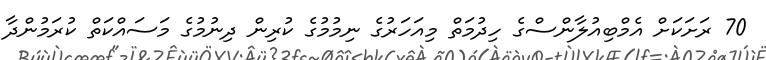
70 ރަށަކަށް އެމްބިއުލާންސްގެ ހިދުމަތް މިއަހަރުގެ ނިމުމުގެ ކުރިން ދިނުމުގެ މަސައްކަތް ކުރަމުންދާ